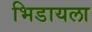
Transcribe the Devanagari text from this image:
भिडायला